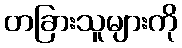
တခြားသူများကို